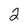
Character: 2